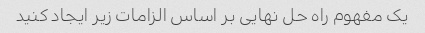
یک مفهوم راه حل نهایی بر اساس الزامات زیر ایجاد کنید